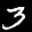
Label: 3